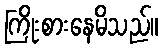
ကြိုးစားနေမိသည်။